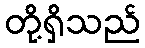
တို့ရှိသည်